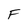
Character: F